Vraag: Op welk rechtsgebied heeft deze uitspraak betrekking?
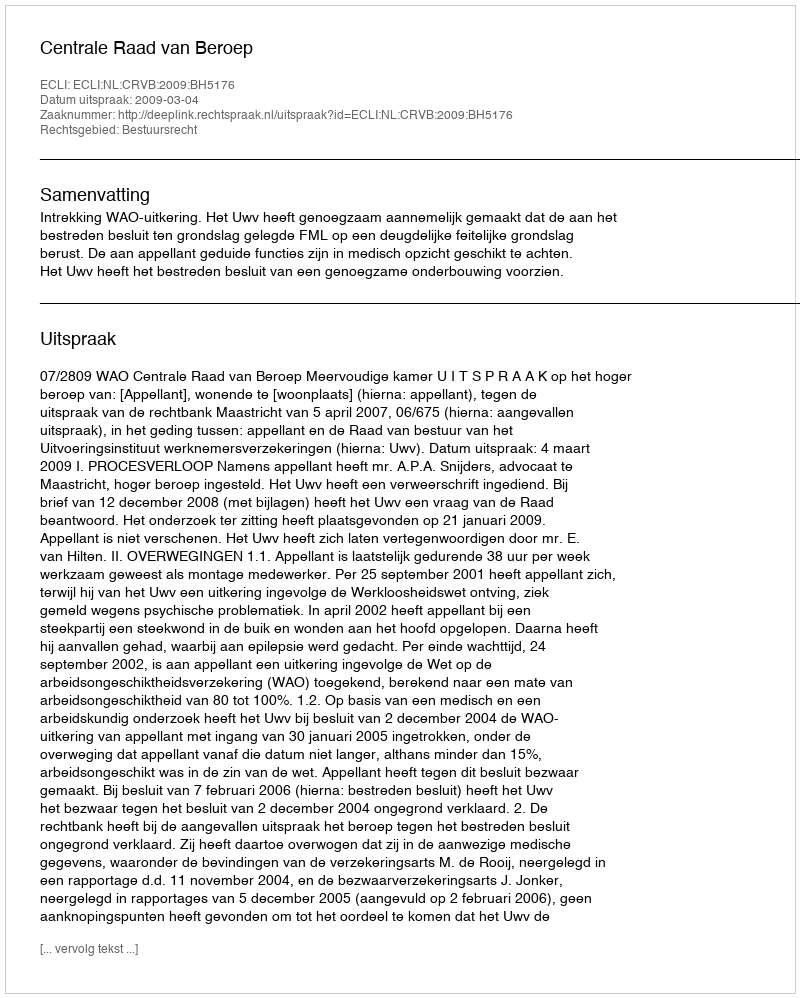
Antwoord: Bestuursrecht